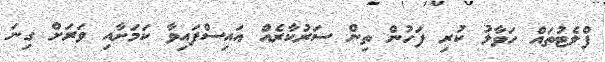
ފްލެޓުތައް ހަވާލު ކުރި ފަހުން ތިން ސަރުކާރެއް އައިސްފައިވާ ކަމަށާއި ވަރަށް ގިނަ